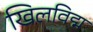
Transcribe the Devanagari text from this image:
खिलविद्म